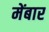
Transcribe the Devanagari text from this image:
मेंबार